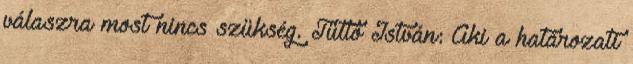
válaszra most nincs szükség. Tüttő István: Aki a határozati